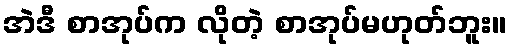
အဲဒီ စာအုပ်က လိုတဲ့ စာအုပ်မဟုတ်ဘူး။